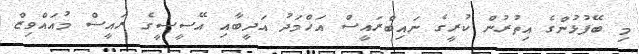
މި ބޭފުޅުންގެ އިތުރުން ކުރީގެ ނައިބްރައީސް އަހްމަދު އަދީބާއި އޭސީސީގެ ރައީސް މުއައްވިޒް